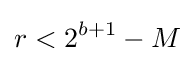
r<2^{b+1}-M